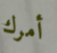
أمرك